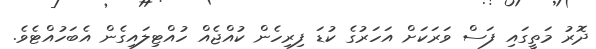
ދޮރު މަތީގައި ފަސް ވަރަކަށް އަހަރުގެ ކުޑަ ފިރިހެން ކުއްޖެއް ހުއްޓިލައިގެން އެބަހުއްޓެވެ.